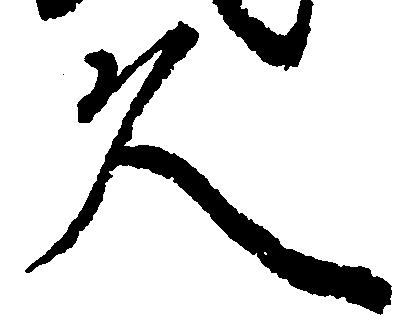
久